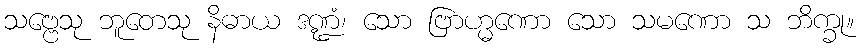
သဗ္ဗေသု ဘူတေသု နိဓာယ ဒဏ္ဍံ၊ သော ဗြာဟ္မဏော သော သမဏော သ ဘိက္ခု။